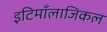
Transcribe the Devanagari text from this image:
इटिमाँलाजिकल